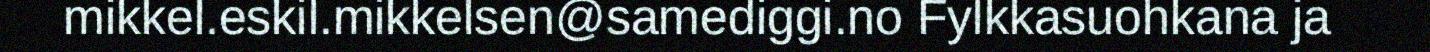
mikkel.eskil.mikkelsen@samediggi.no Fylkkasuohkana ja